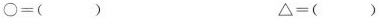
$$\bigcirc =$$() $$\bigtriangleup =$$()